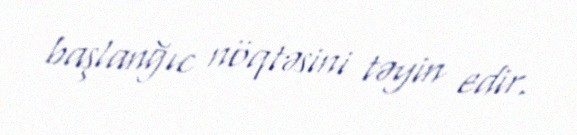
başlanğıc nöqtəsini təyin edir.